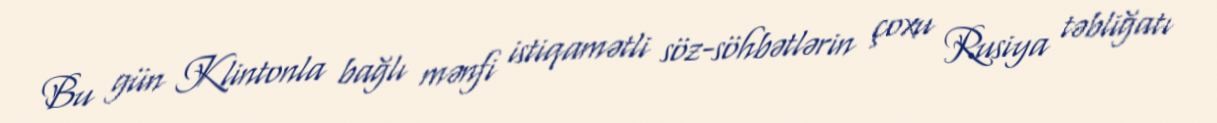
Bu gün Klintonla bağlı mənfi istiqamətli söz-söhbətlərin çoxu Rusiya təbliğatı